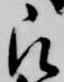
被